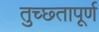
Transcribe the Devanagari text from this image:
तुच्छ्तापूर्ण